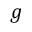
g